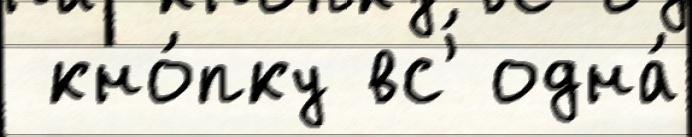
 кно́пку вс'́ одна́